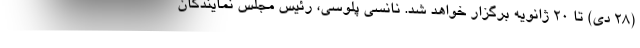
(28 دی) تا 20 ژانویه برگزار خواهد شد. نانسی پلوسی، رئیس مجلس نمایندگان